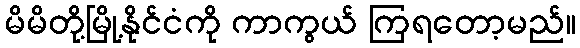
မိမိတို့မြို့နိုင်ငံကို ကာကွယ် ကြရတော့မည်။